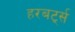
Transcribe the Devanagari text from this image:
हरबर्ट्स